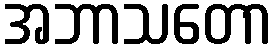
အဘာသတော